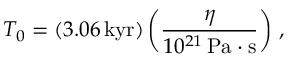
T _ { 0 } = ( 3 . 0 6 \, \mathrm { k y r } ) \left( \frac { \eta } { 1 0 ^ { 2 1 } \, \mathrm { P a \cdot s } } \right) \, ,